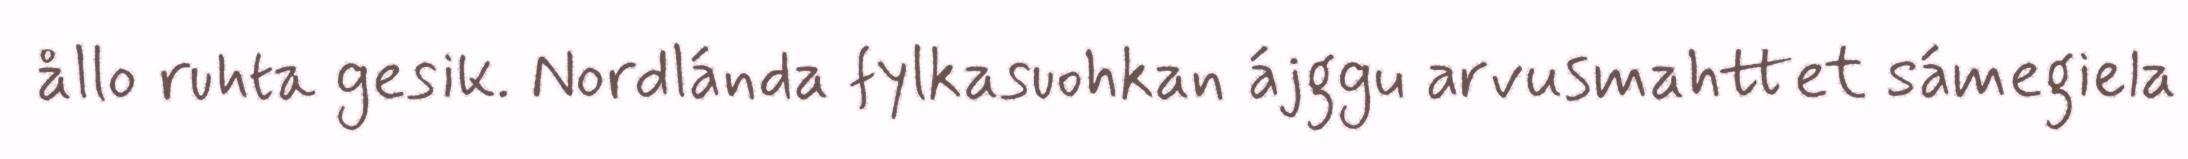
ållo ruhta gesik. Nordlánda fylkasuohkan ájggu arvusmahttet sámegiela